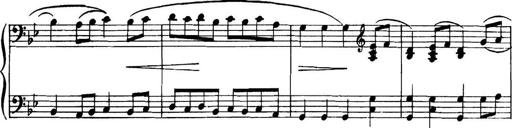
Title: Piano Sonatina in G minor
Composer: John Blackwood McEwen
Key: G minor